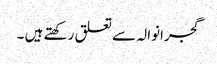
گجرانوالہ سے تعلق رکھتے ہیں ۔